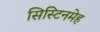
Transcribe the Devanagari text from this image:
सिस्टिनमेह